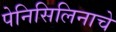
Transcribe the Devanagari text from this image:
पेनिसिलिनाचे